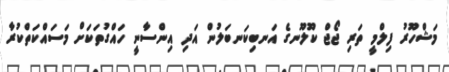
މަޝްހޫރު ފިލްމީ ތަރި ޖޯޖް ކޫލޫނގެ އަނބިކަނބަލުން އަދި އިންސާނީ ހައްގުތަކަށް މަސައްކަތްކުރާ